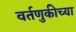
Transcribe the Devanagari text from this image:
वर्तणुकीच्या